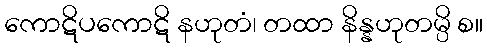
ကောဋိပကောဋိ နဟုတံ၊ တထာ နိန္နဟုတမ္ပိ စ။